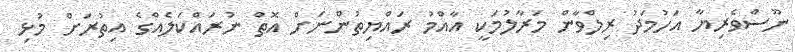
ނޫސްވެރިޔާ އަހުމަދު ރިލްވާން މަރާލުމަކީ އާއްމު ރައްޔިތުންނަށް އޮތް ނުރައްކަލެއްގެ އިތުރަށް މުޅި